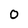
Character: O